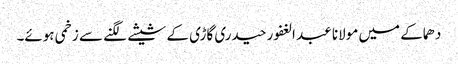
دھماکے میں مولانا عبد الغفور حیدری گاڑی کے شیشے لگنے سے زخمی ہوئے۔